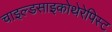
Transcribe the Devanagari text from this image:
चाइल्डसाइकोथेरेपिस्ट